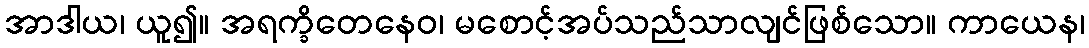
အာဒါယ၊ ယူ၍။ အရက္ခိတေနေဝ၊ မစောင့်အပ်သည်သာလျင်ဖြစ်သော။ ကာယေန၊